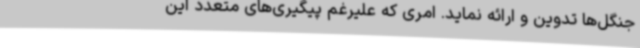
جنگل‌ها تدوین و ارائه نماید. امری که علیرغم پیگیری‌های متعدد این